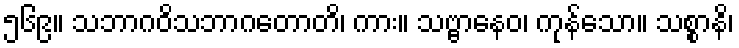
၅၆၉။ သဘာဂဝိသဘာဂတောတိ၊ ကား။ သဗ္ဗာနေဝ၊ ကုန်သော။ သစ္စာနိ၊